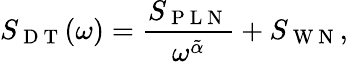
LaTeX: S_{\mathrm{~D~T~}}(\omega)=\frac{S_{\mathrm{~P~L~N~}}}{\omega^{\tilde{\alpha}}}+S_{\mathrm{~W~N~}},